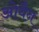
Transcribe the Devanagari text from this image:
ओवैन